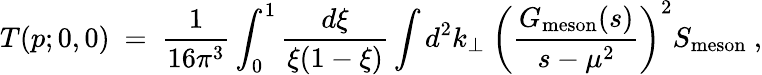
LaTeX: T(p;0,0)\ =\ \frac 1{16\pi^{3}}\int_{0}^{1}\frac{d\xi}{\xi(1-\xi)}\int d^{2}k_{\perp}\ \left(\frac{G_{\mathrm{meson}}(s)}{s-\mu^{2}}\right)^{2}S_{\mathrm{meson}}\ ,